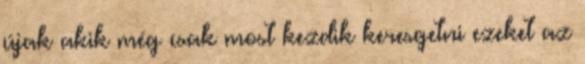
újak akik még csak most kezdik keresgetni ezeket az